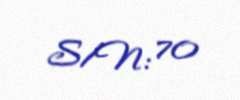
S/N: 70